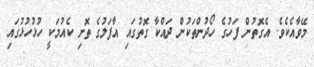
މޭވާއެކެވެ. އެގޮތުން ފަހުގެ ހޯދުންތަކުން ދައްކާ ގޮތުގައި އާފަލުގެ ތޮށި ކެއުމަކީ ހުޅުހުޅުގައި